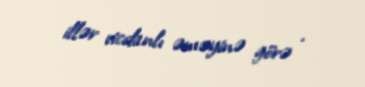
illər vicdanlı əməyinə görə .